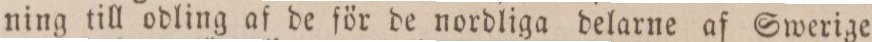
ning till odling af de för de nordliga delarne af Swerige